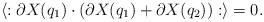
LaTeX: \begin{align*}\langle : \partial X(q_1) \cdot ( \partial X(q_1) +\partial X(q_2) ) : \rangle = 0. \end{align*}